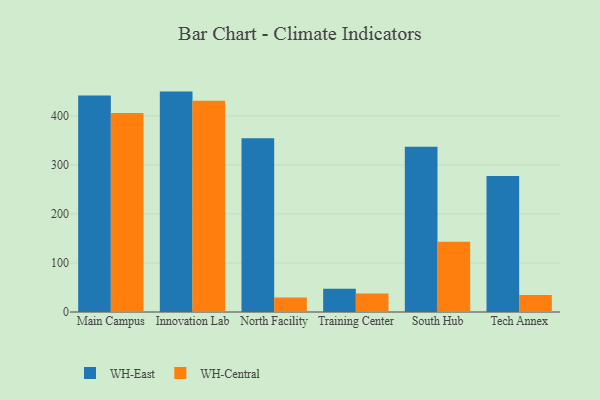
{"axis": {"x": "Campus", "y": "Shipments"}, "legend": ["WH-Central", "WH-East"], "data": [{"x": "Main Campus", "y": 441.2, "type": "WH-East"}, {"x": "Main Campus", "y": 405.8, "type": "WH-Central"}, {"x": "Innovation Lab", "y": 449.4, "type": "WH-East"}, {"x": "Innovation Lab", "y": 430.5, "type": "WH-Central"}, {"x": "North Facility", "y": 354.4, "type": "WH-East"}, {"x": "North Facility", "y": 29.6, "type": "WH-Central"}, {"x": "Training Center", "y": 47.2, "type": "WH-East"}, {"x": "Training Center", "y": 37.6, "type": "WH-Central"}, {"x": "South Hub", "y": 337.2, "type": "WH-East"}, {"x": "South Hub", "y": 143.1, "type": "WH-Central"}, {"x": "Tech Annex", "y": 277.4, "type": "WH-East"}, {"x": "Tech Annex", "y": 34.7, "type": "WH-Central"}]}